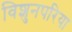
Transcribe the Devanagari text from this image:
विशुनपरिया